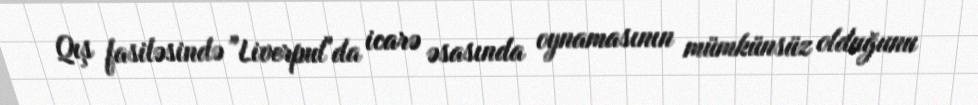
Qış fasiləsində "Liverpul"da icarə əsasında oynamasının mümkünsüz olduğunu